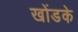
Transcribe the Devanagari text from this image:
खोंडके